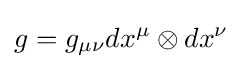
g=g_{\mu \nu }dx^{\mu }\otimes dx^{\nu }